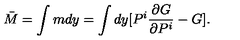
\bar { M } = \int m d y = \int d y [ P ^ { i } \frac { \partial G } { \partial P ^ { i } } - G ] .